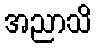
အညာသိ